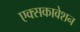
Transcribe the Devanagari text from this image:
एक्सकावेशन